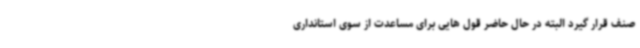
صنف قرار گیرد البته در حال حاضر قول هایی برای مساعدت از سوی استانداری